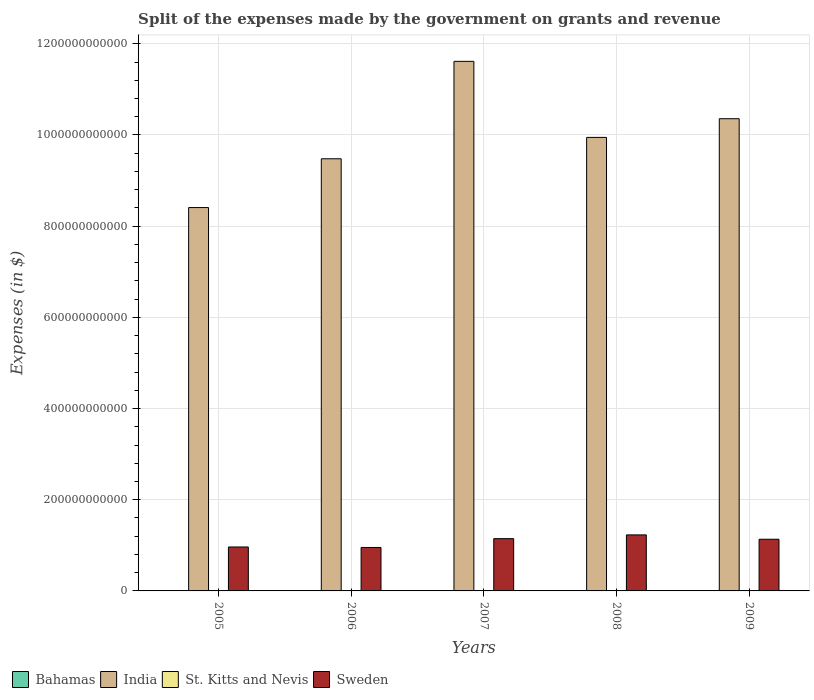
| Years | Bahamas | India | St. Kitts and Nevis | Sweden |
 | --- | --- | --- | --- | --- |
 | 2005 | 1.21e+08 | 8.41e+11 | 1.22e+08 | 9.64e+10 |
 | 2006 | 1.37e+08 | 9.48e+11 | 1.44e+08 | 9.53e+10 |
 | 2007 | 1.3e+08 | 1.16e+12 | 1.45e+08 | 1.15e+11 |
 | 2008 | 1.53e+08 | 9.95e+11 | 1.50e+08 | 1.23e+11 |
 | 2009 | 1.93e+08 | 1.04e+12 | 2.1e+08 | 1.13e+11 |